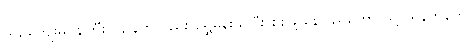
ယဉ်ကျေးမဝန်ကြီးှဌာနကလည်း ရွှေမှန်းသိပြီး စစ်ဖို့ နေပြည်တော်(သို့) ရန်ကုန်ကို